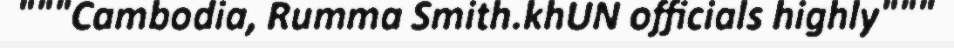
"""Cambodia, Rumma Smith.khUN officials highly"""